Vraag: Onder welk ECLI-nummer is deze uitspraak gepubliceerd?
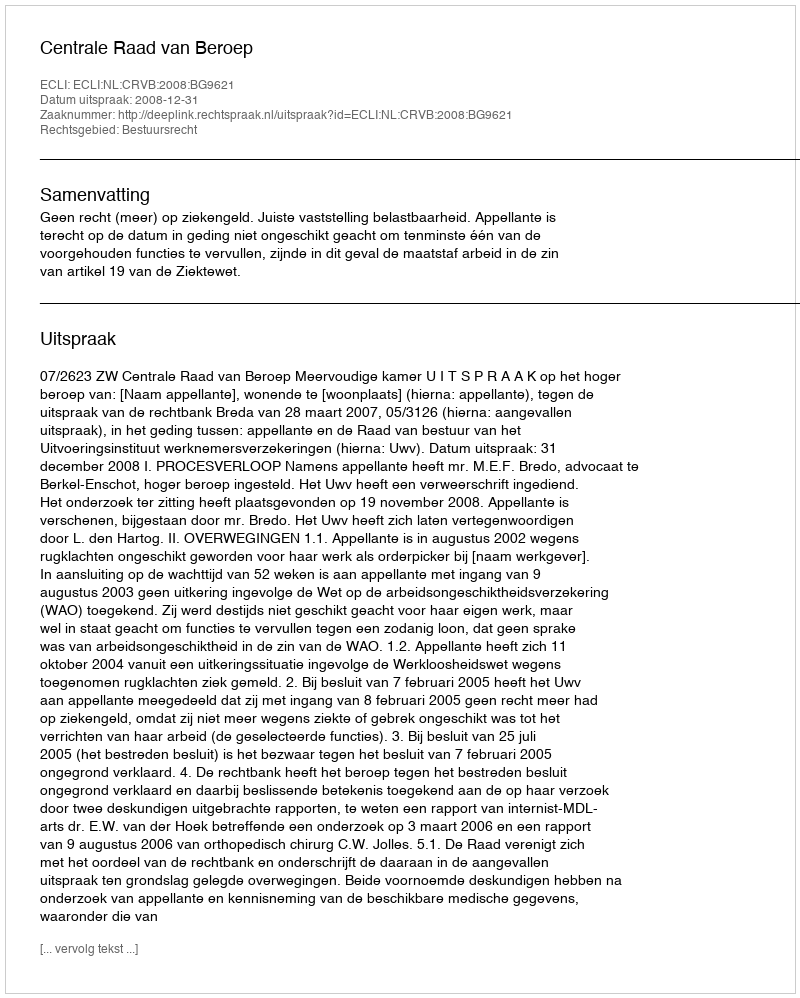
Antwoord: ECLI:NL:CRVB:2008:BG9621